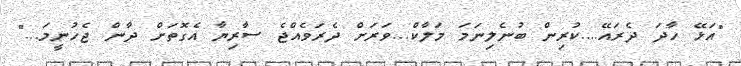
"އަޅޭ ހާދަ ދެރައޭ....ކުރިން ބުނެލިނަމަ މަލާކް...ވަރަށް ދެރަވެއްޖެ ސާރިޔާ އެގޮތަށް ދާން ޖެހުނީމަ..."